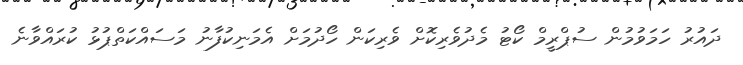
ދައުރު ހަމަވުމުން ސުޕްރީމް ކޯޓު މެދުވެރިކޮށް ވެރިކަން ހޯދުމަށް އެމަނިކުފާނު މަސައްކަތްޕުޅު ކުރައްވާނެ